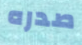
صدره